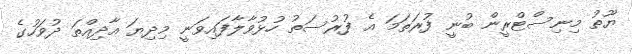
ޔޫތު މިނިސްޓްރީން ބުނީ ފުރަތަމަ އެ ފުރުސަތު ހުޅުވާލާފައިވަނީ މިދިޔަ އާދިއްތަ ދުވަހުގެ